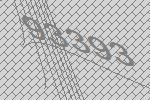
93393